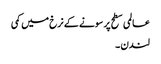
عالمی سطح پر سونے کے نرخ میں کمی
لندن ۔